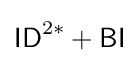
{\mathsf {ID}}^{2*}+{\mathsf {BI}}